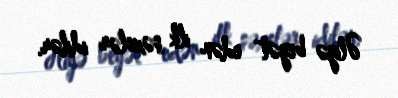
Əliyə beyət edən ilk şəxslər idilər.